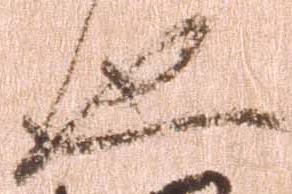
也